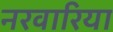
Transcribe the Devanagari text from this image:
नरवारिया